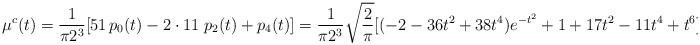
LaTeX: \begin{align*} \mu^c(t)&=\frac{1}{ \pi 2^3} [51 \, {p}_{0}(t) - 2\cdot 11\; {p}_{2}(t)+{p}_{4}(t) ] =\frac{1}{ \pi 2^3} \sqrt{\frac{2}{\pi}} [(-2 -36 t^2+38 t^4) e^{-t^2} +1+17 t^2-11 t^4+t^6]e^{-\frac{t^2}{2}}.\end{align*}